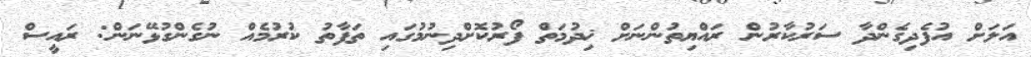
އަލަށް އުފެދިގެންދާ ސަރުކާރުން ރައްޔިތުންނަށް ޚިދުމަތް ފޯރުކޮށްދިނުމުގައި ތަފާތު ކުރުމެއް ނުގެންގުޅޭޭނަން: ރައީސް